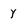
Character: y